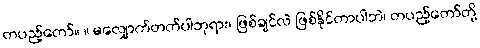
တပည့်တော်။ ။ မလျှောက်တတ်ပါဘုရား၊ ဖြစ်ချင်လဲ ဖြစ်နိုင်တာပါဘဲ၊ တပည့်တော်တို့